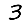
Digit: 3